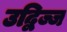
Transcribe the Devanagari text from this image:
उद्विज्ज